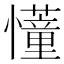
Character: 𢤦